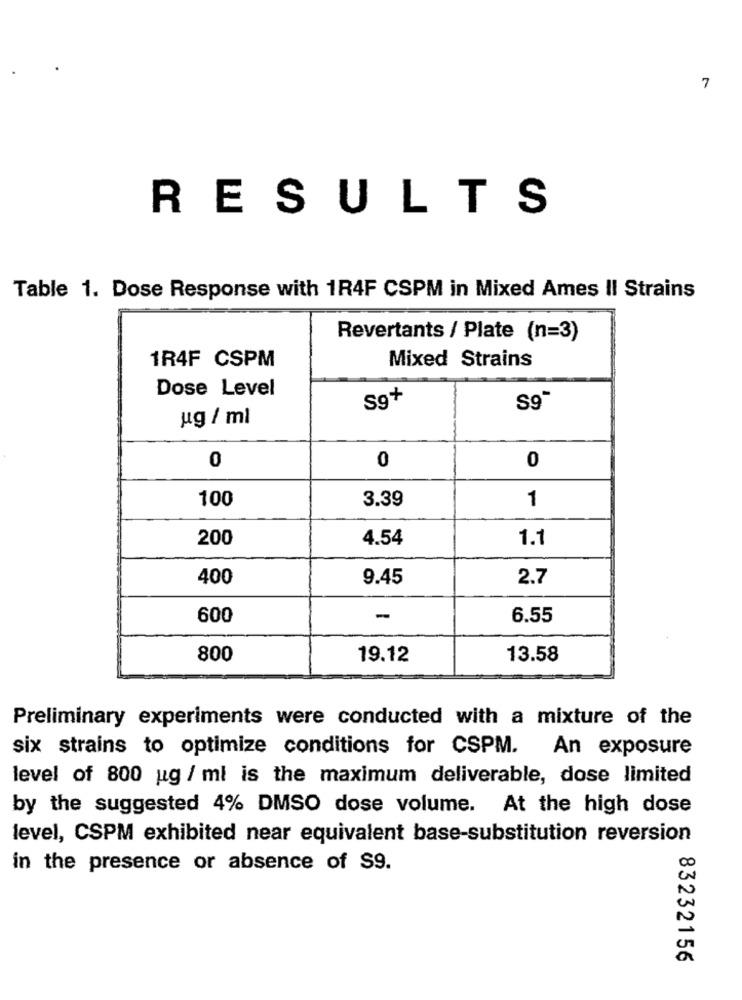
7
RESULTS
Table 1. Dose Response with 1R4F CSPM in Mixed Ames Il Strains
Revertants / Plate (n=3)
1R4F CSPM
Mixed Strains
Dose Level
Sq+
S9"
ug / ml
0
0
0
100
3.39
1
200
4.54
1.1
400
9.45
2.7
600
-
6.55
800
19.12
13.58
Preliminary experiments were conducted with a mixture of the
six strains to optimize conditions for CSPM.
An exposure
level of 800 ug / ml is the maximum deliverable, dose limited
by the suggested 4% DMSO dose volume. At the high dose
level, CSPM exhibited near equivalent base-substitution reversion
00
in the presence or absence of S9.
N
83232156